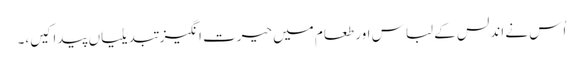
اُس نے اندلس کے لباس اور طعام میں حیرت انگیز تبدیلیاں پیدا کیں،۔